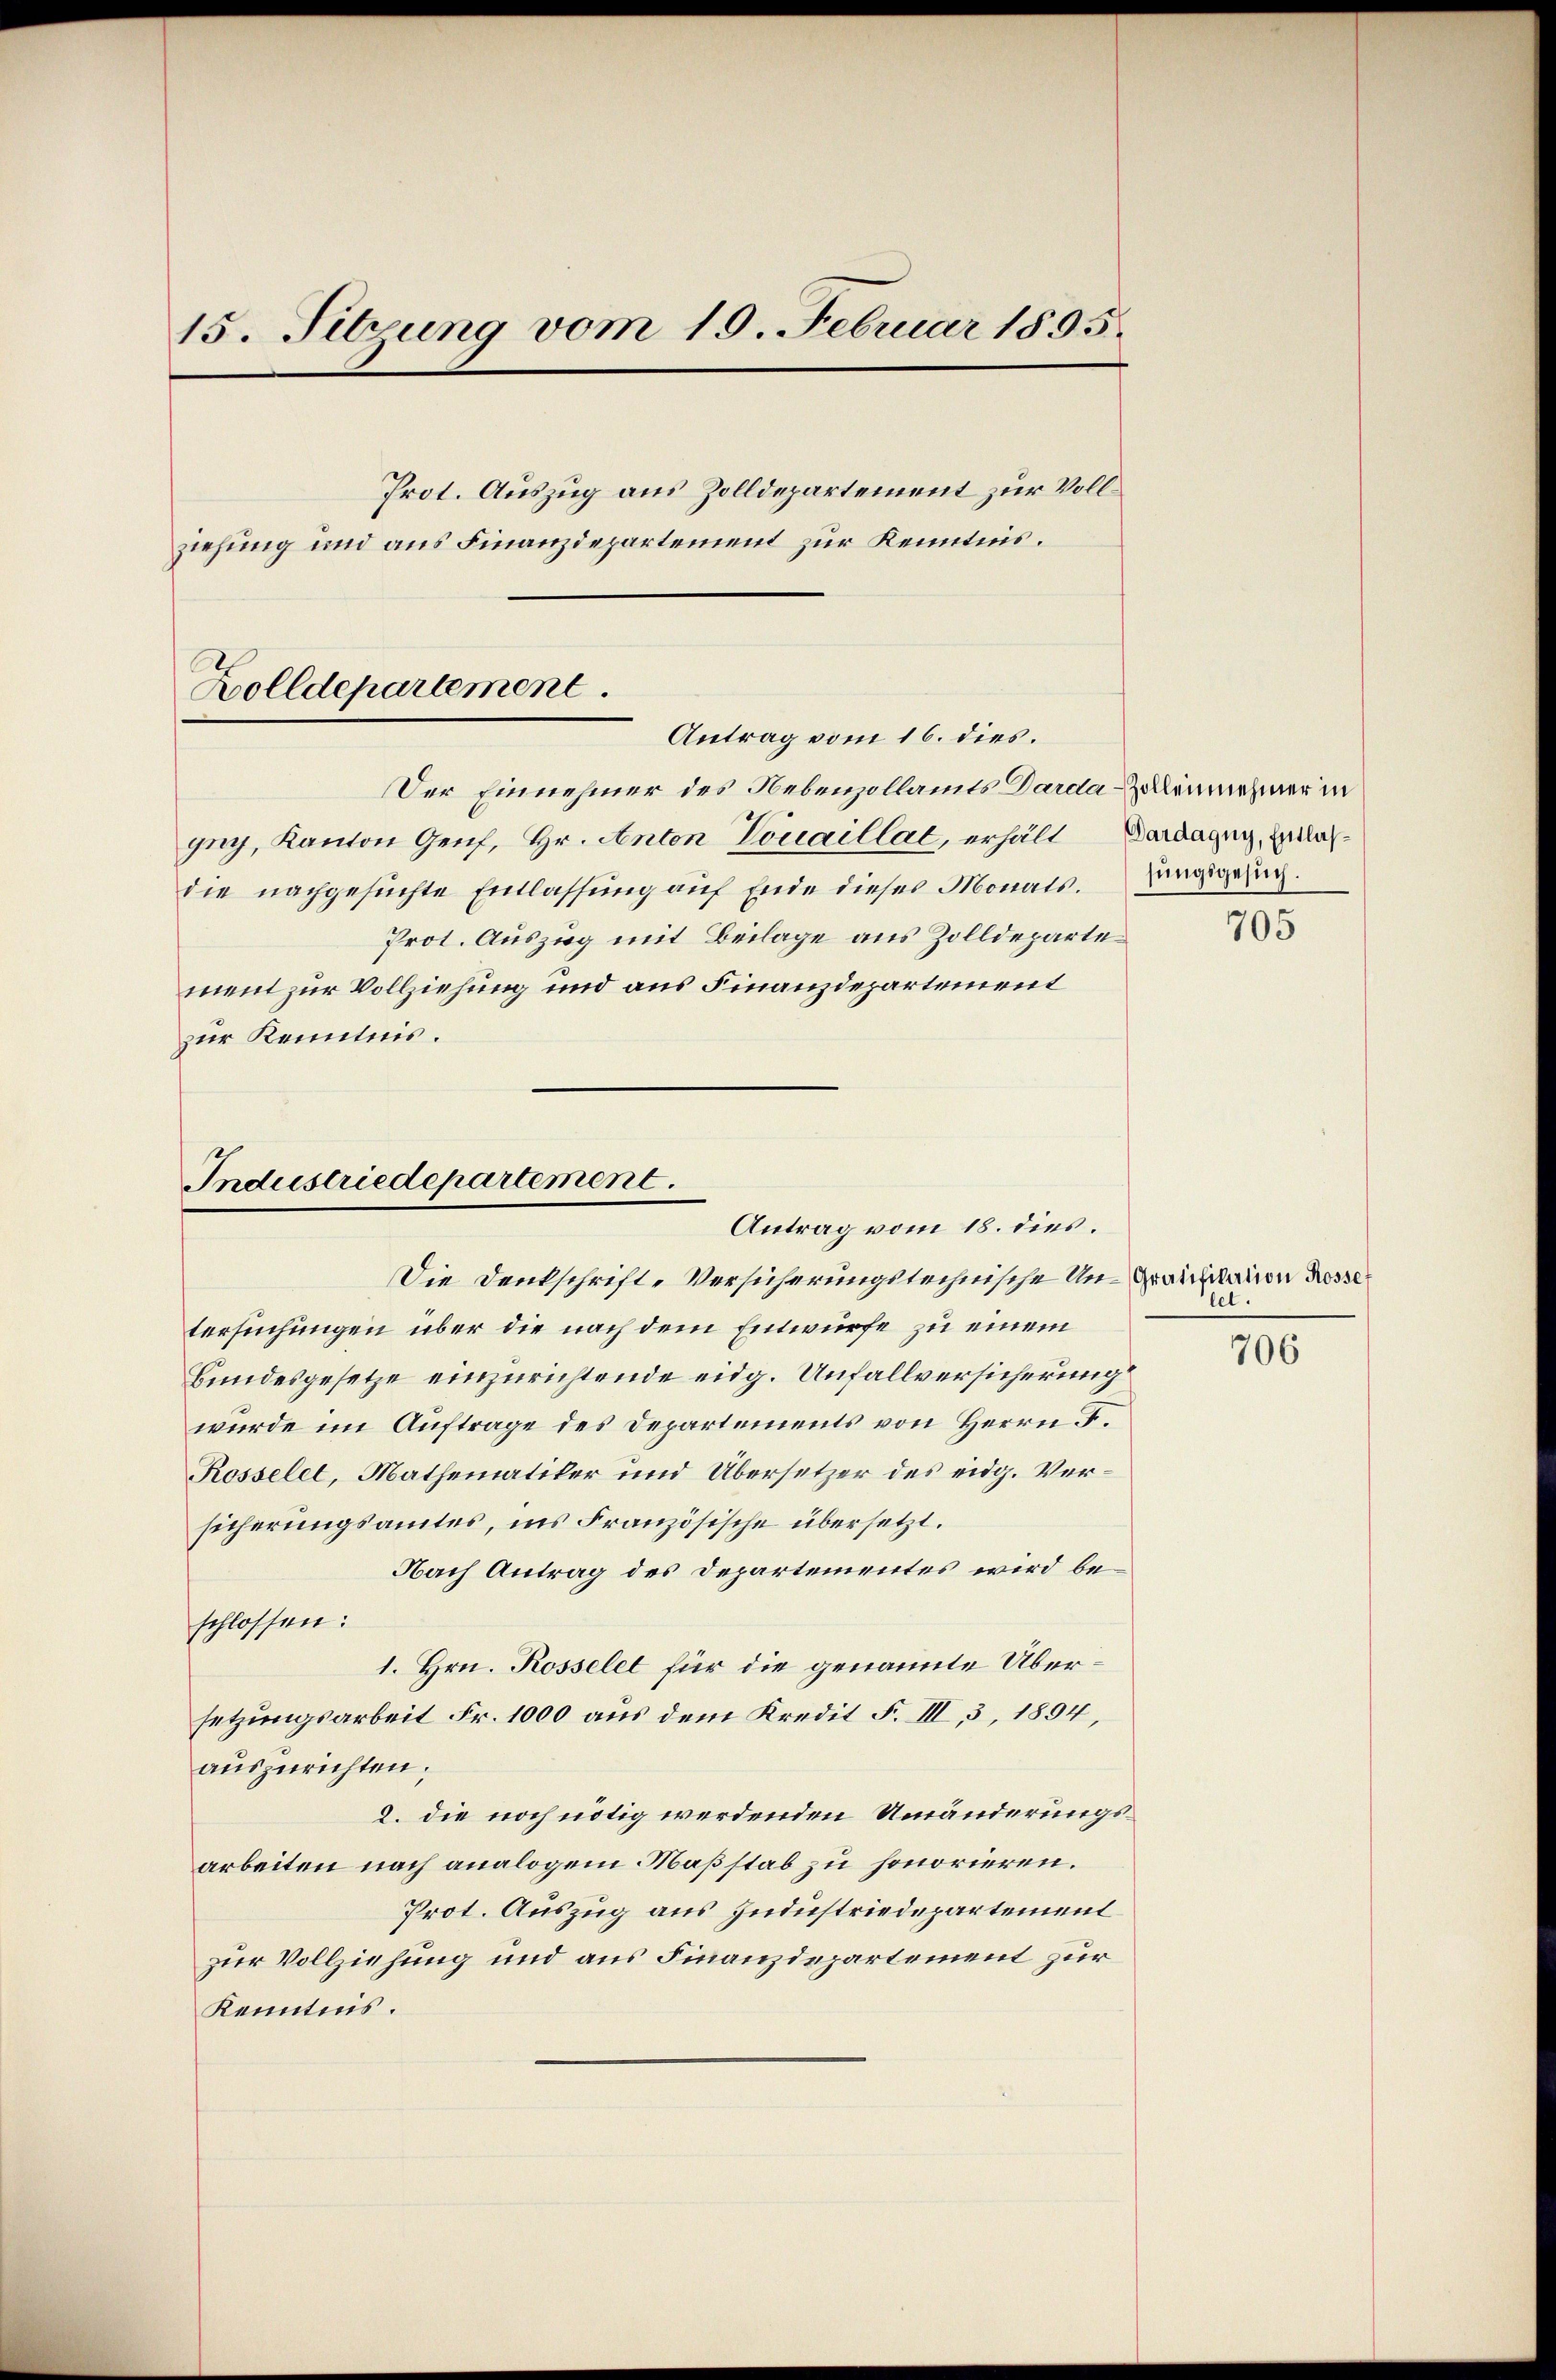
15. Sitzung vom 19. Februar 1895.
Prot. Auszug aus Zolldepartement zur Vollziehung und aus Finanzdepartement zur Kenntnis.
Holldepartement
Antrag vom 16. dies.

Der Einnehmer des Nebenzollamts Darda Zuleinehmer in
gny, Kanton Genf, Hr. Anton Vouaillat, erhält Dardazug, Entlasdie nachgesuchte Entlassung auf Ende dieses Monats¬
Prot. Auszug mit Beilage aus Zolldeparte
ment zur Vollziehung und aus Finanzdepartement
zur Kenntnis.

Industriedepartement.
Antrag vom 18. dies.

Die Denkschrift-Versicherungstechnische Un-Graichdauen Rosse
tersuchungen über die nach dem Entwürfe zu einem
Bundesgesetze einzurichtende eidg. Unfallversicherung
wurde im Auftrage des Departements von Herrn F.
Rosselet, Mathematiker und Übersetzer des eidg. Versicherungsamtes, ins Französische übersetzt.
Nach Antrag des Departementes wird beschlossen:
1. Hrn. Rosselet für die genannte Übersetzungsarbeit Fr. 1000 aus dem Kredit F. III, 3, 1894,
auszurichten.
2. die noch nötig werdenden Umänderungsarbeiten nach analogen Maßstab zu honorieren.
Prot. Auszug aus Industriedepartement
zur Vollziehung und aus Finanzdepartement zur
Kenntnis.

sungsgesuch.

705

let.

706